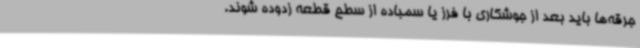
جرقه‌ها باید بعد از جوشکاری با فرز یا سمباده از سطح قطعه زدوده شوند.